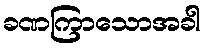
ခဏကြာသောအခါ